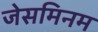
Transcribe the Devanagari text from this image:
जेसमिनम